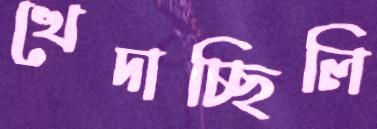
খেদাচ্ছিলি